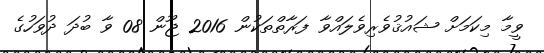
ވީމާ މިކަމަށް ޝައުޤުވެރިވެލައްވާ ފަރާތްތަކުން 2016 ޖޫން 08 ވާ ބުދަ ދުވަހުގެ